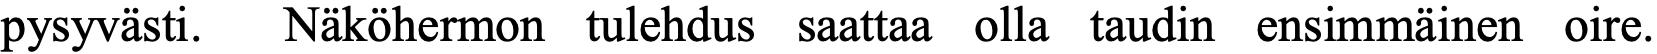
pysyvästi. Näköhermon tulehdus saattaa olla taudin ensimmäinen oire.